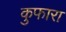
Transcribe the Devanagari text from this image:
कुफारा